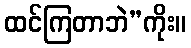
ထင်ကြတာဘဲ”ကိုး။